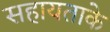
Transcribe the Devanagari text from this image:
सहायताके